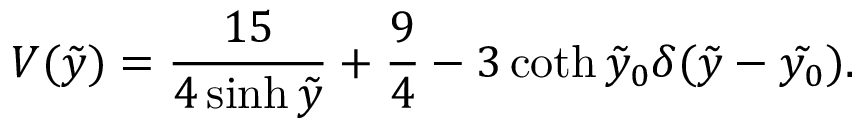
V ( \tilde { y } ) = \frac { 1 5 } { 4 \sinh { \tilde { y } } } + \frac { 9 } { 4 } - 3 \coth { \tilde { y } _ { 0 } } \delta ( \tilde { y } - \tilde { y _ { 0 } } ) .